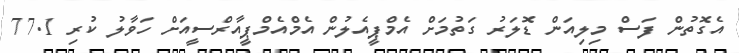
އެގޮތުން ފަސް މިލިއަން ޑޮލަރު ގަތުމަށް އެމްޕީއެލުން އެމްއެމްޕީއާރްސީއަށް ހަވާލު ކުރި 77.1